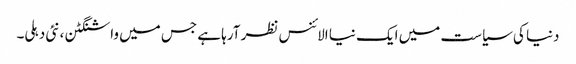
دنیا کی سیاست میں ایک نیا الائنس نظر آرہا ہے جس میں واشنگٹن ،نئی دہلی۔